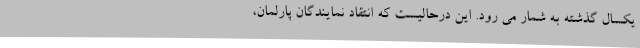
یکسال گذشته به شمار می رود. این درحالیست که انتقاد نمایندگان پارلمان،